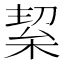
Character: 𭪛